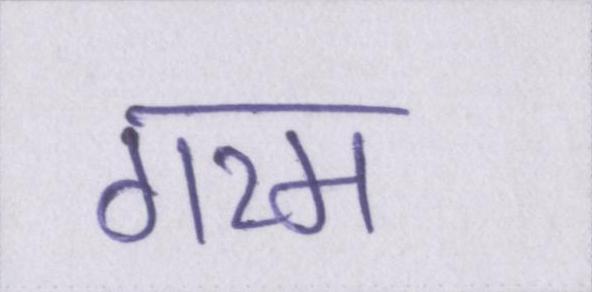
गरम